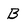
Character: B